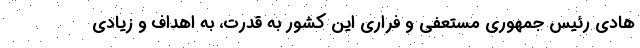
هادی رئیس جمهوری مستعفی و فراری این کشور به قدرت، به اهداف و زیادی